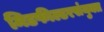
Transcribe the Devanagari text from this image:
मिडफील्डरसंयुक्त